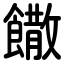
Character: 饊